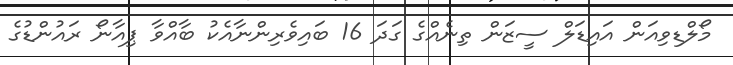
މޯލްޑިވިއަން އައިޑަލް ސީޒަން ތިނެއްގެ ގަދަ 16 ބައިވެރިންނާއެކު ބާއްވާ ޕިއާނޯ ރައުންޑުގެ